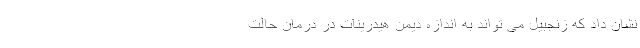
نشان داد که زنجبیل می تواند به اندازه دیمن هیدرینات در درمان حالت